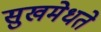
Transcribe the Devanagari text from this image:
सुखमेधते